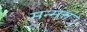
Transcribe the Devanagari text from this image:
मन्मत्त